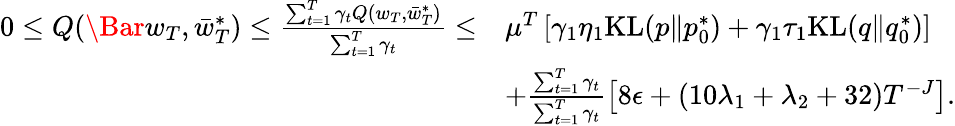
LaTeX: \begin{array}{rl}{0\leq Q(\Bar{w}_{T},\bar{w}_{T}^{*})\leq\frac{\sum_{t=1}^{T}\gamma_{t}Q(w_{T},\bar{w}_{T}^{*})}{\sum_{t=1}^{T}\gamma_{t}}\leq}&{\mu^{T}\left[\gamma_{1}\eta_{1}\mathrm{KL}(p\| p_{0}^{*})+\gamma_{1}\tau_{1}\mathrm{KL}(q\| q_{0}^{*})\right]}\\ &{+\frac{\sum_{t=1}^{T}\gamma_{t}}{\sum_{t=1}^{T}\gamma_{t}}\left[8\epsilon+(10\lambda_{1}+\lambda_{2}+32)T^{-J}\right].}\end{array}